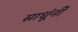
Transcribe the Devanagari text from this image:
साधूंनीं